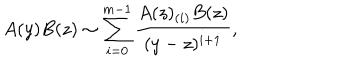
A ( y ) B ( z ) \sim \sum _ { i = 0 } ^ { m - 1 } \frac { A ( z ) _ { ( i ) } B ( z ) } { ( y - z ) ^ { i + 1 } } ,